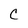
Character: C